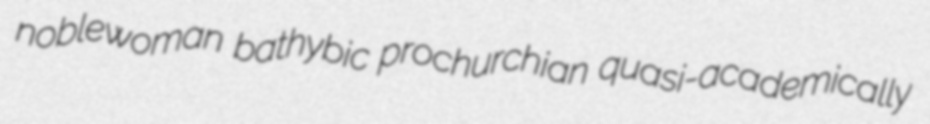
noblewoman bathybic prochurchian quasi-academically